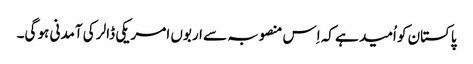
پاکستان کو اُمید ہے کہ اِس منصوبہ سے اربوں امریکی ڈالر کی آمدنی ہو گی۔